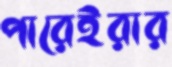
পারেইরার